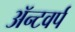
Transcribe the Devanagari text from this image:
ॲन्टवर्प